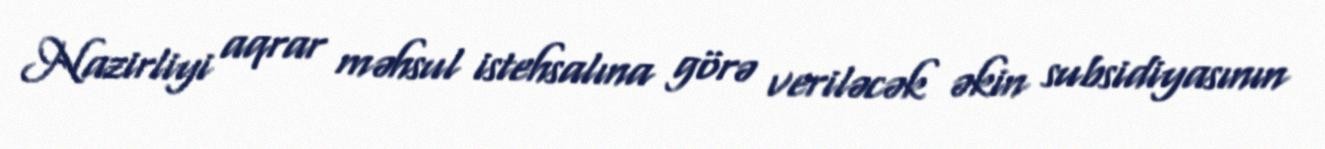
Nazirliyi aqrar məhsul istehsalına görə veriləcək əkin subsidiyasının